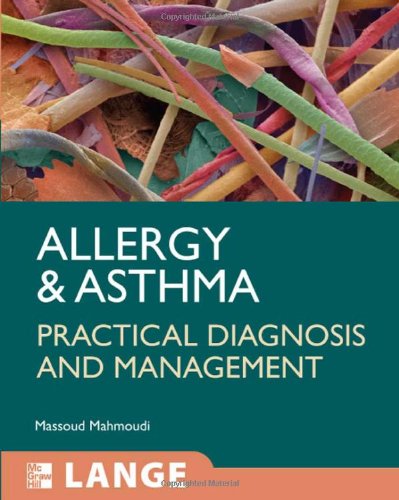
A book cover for Allergy and Asthma: Practical Diagnosis and Management (LANGE Clinical Medicine); Massoud Mahmoudi; Health, Fitness & Dieting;